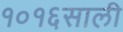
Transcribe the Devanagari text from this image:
१०१६साली